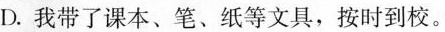
D.我带了课本、笔、纸等文具，按时到校。